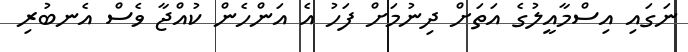
ނަގައި އިސްމާއީލުގެ އަތަށް ދިނުމަށް ފަހު އެ އަންހެން ކުއްޖާ ވެސް އެނބުރި